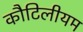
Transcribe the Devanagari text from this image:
कौटिलीयम